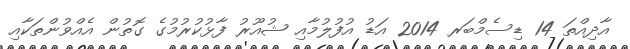
އާދިއްތަ 14 ޑިސެމްބަރ 2014 އަޑު އުފުލުމާއި ޝުއޫރު ފާޅުކުރުމުގެ ގޮތުން އެއްވުންތަކާއި